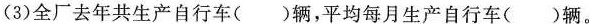
(3)全厂去年共生产自行车()辆，平均每月生产自行车()辆。